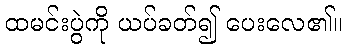
ထမင်းပွဲကို ယပ်ခတ်၍ ပေးလေ၏။